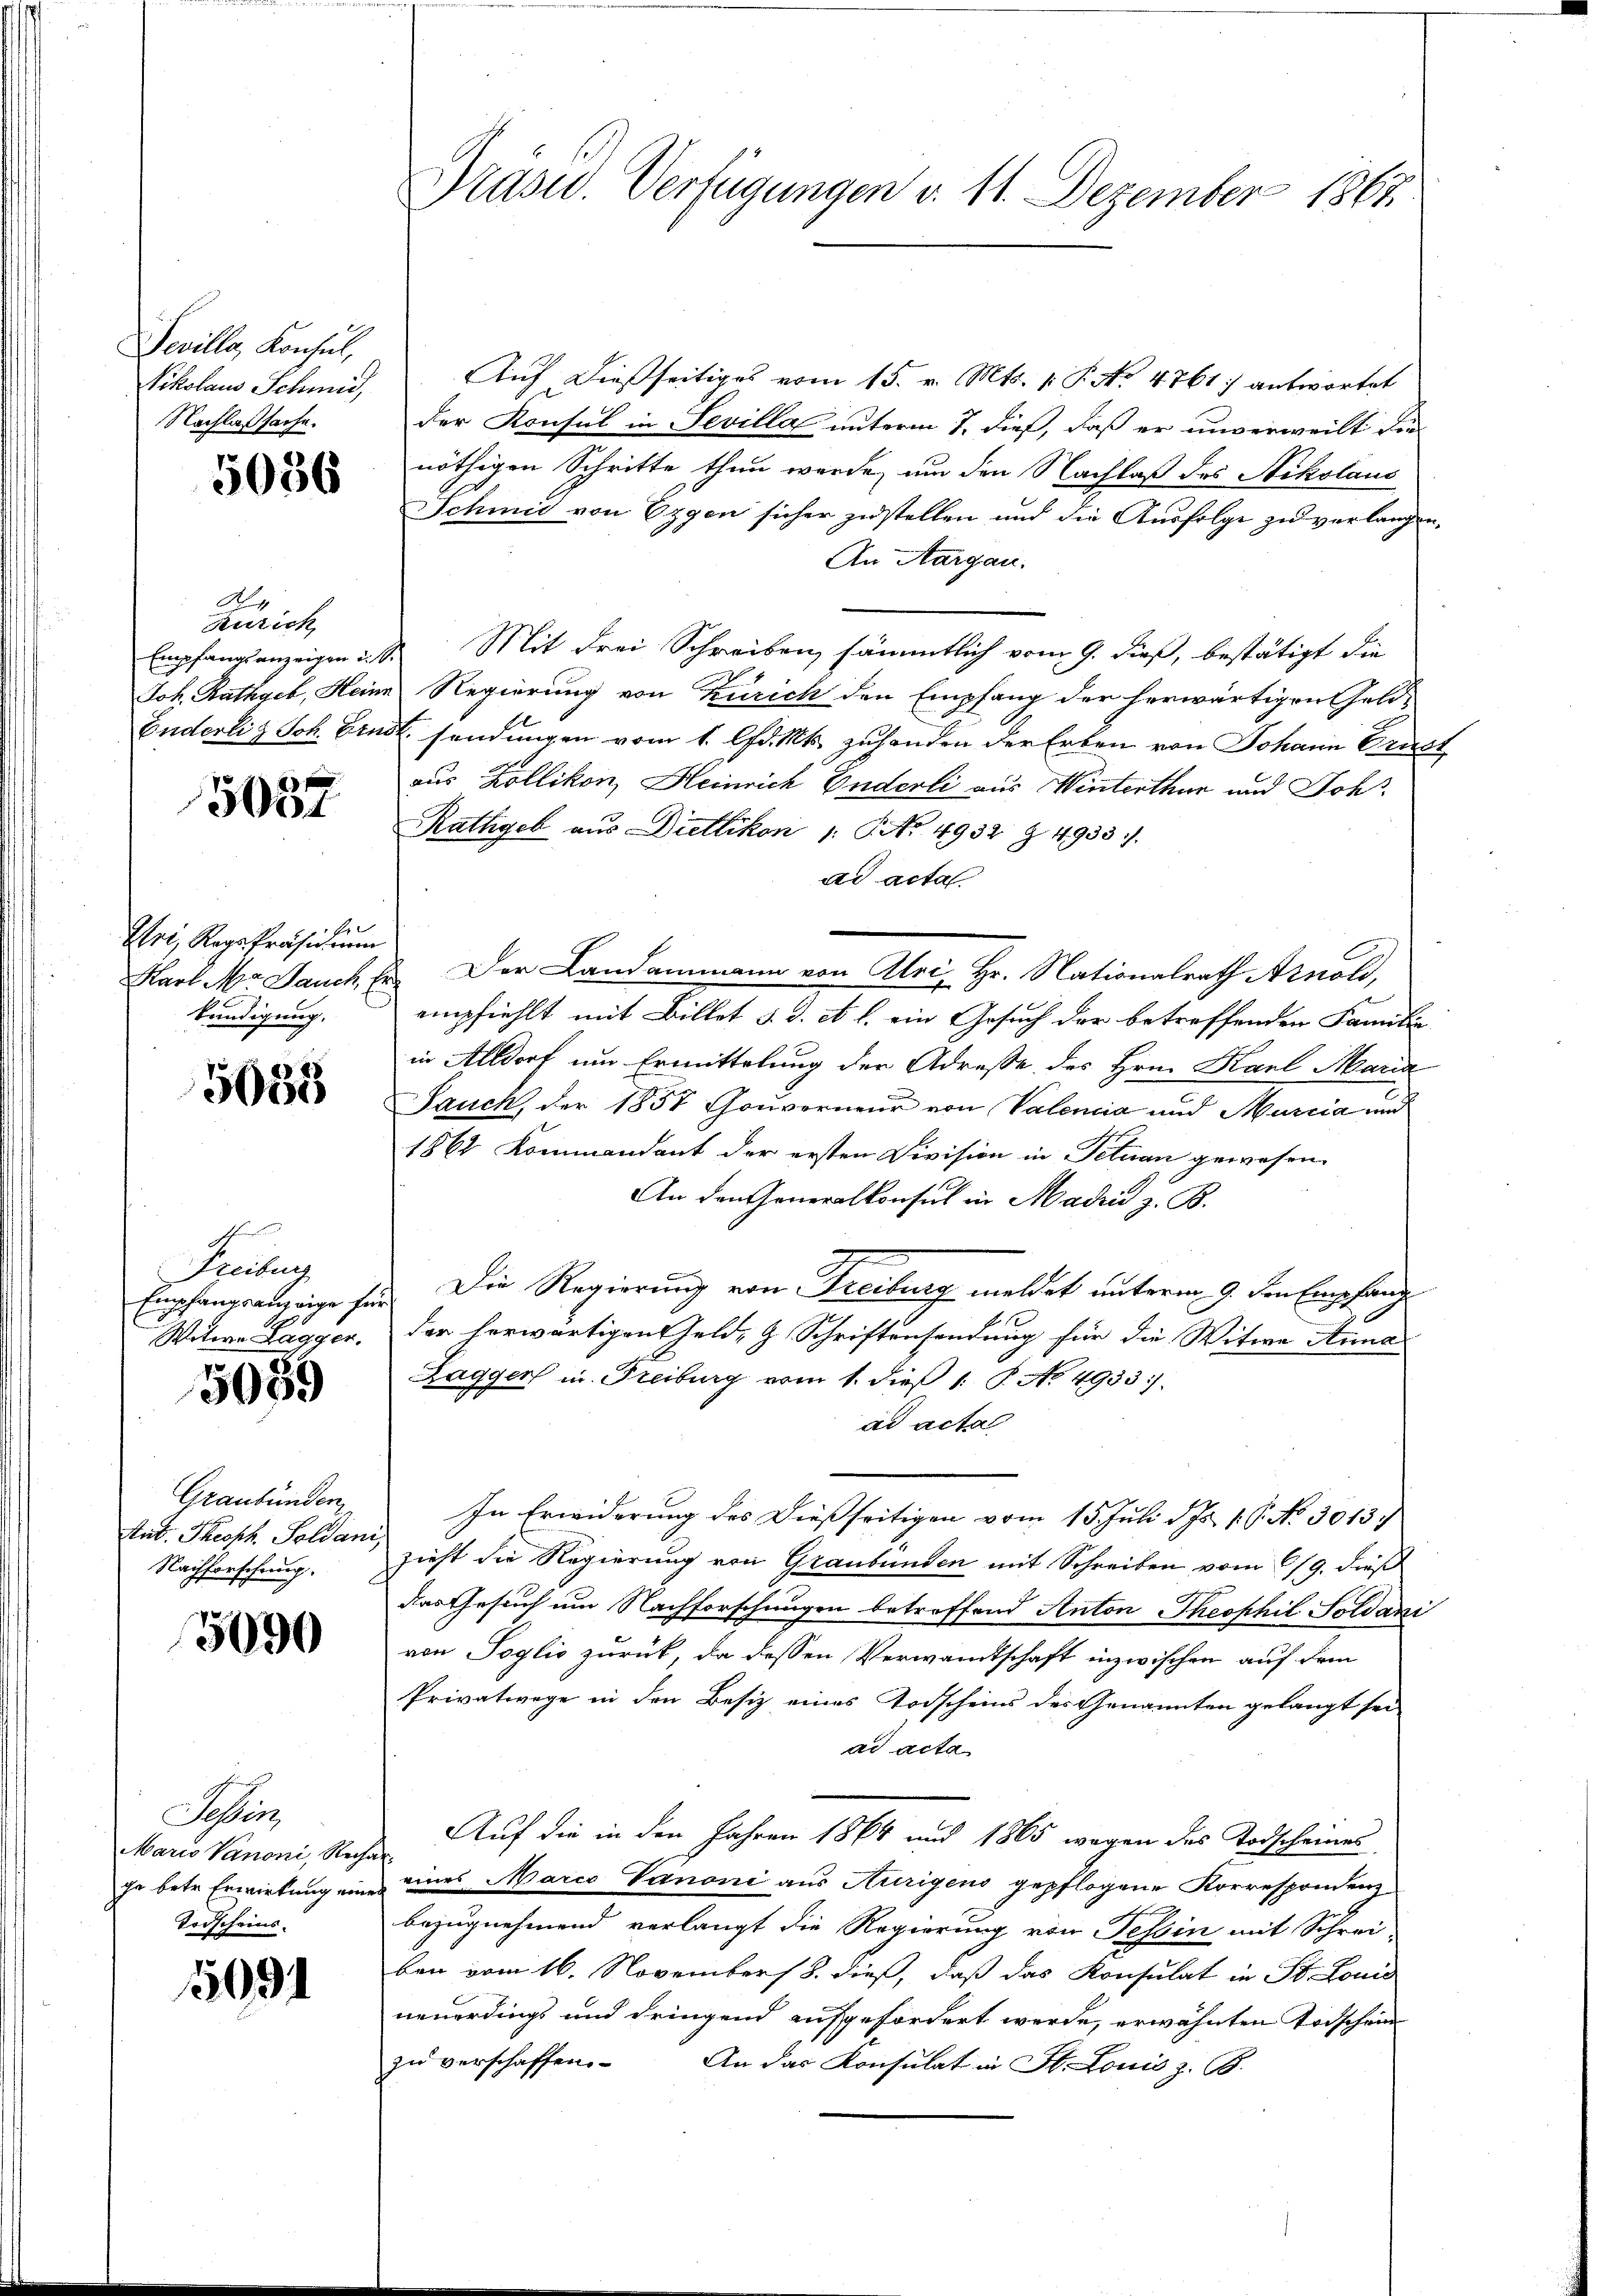
Tevilla, Konsul,
Vikolaus Schmid,
Nachlaßsache.

5036

A
Rurich
Empfangsanzeigen u. S.

5057

Ehri, Rege Präsidium
kündigung.

5633

Freiburg
Vatern Lagger.

5059

Graubünden
tritt. Theoph Feldani
Nachforschung.

5090

Seen
Mario Vanoni, Rechar
Todscheins.

1091

Präsid. Verfügungen v. 11. Dezember 1867

Auf dießseitiges vom 15. v. Mts. 1 P. No 4761] antwortet
der Konsul in Sevilla unterm 7. dieß, daß er unverweilt die
nöthigen Schritte thun werde, um den Nachlaß des Nikolaus
Schmid von Eggen sicher zustellen und die Ausfolge zu verlangen,
An Aargau.
Mit drei Schreiben, sämmtlich vom 9. dieß, bestätigt die
Joh. Rathgeb, Heine Regierung von Zürich den Empfang der herwärtigen Geld¬
Enderlis Joh. Ernst, sendungen vom 1. d. Mts. zuhanden der Erben von Johann Ernst
aus Kollikon, Heinrich Enderli aus Winterthur und Joh
Rathgeb aus Dietlikon 1. No. 4952 § 4933.
ad acta
Karl M. Jauch E. Der Landammann von Klei Hr. Nationalrath Arnold,
empfiehlt mit Billet d. d. et l. ein Gesuch der betreffenden Familie
in Altdorf um Ermittelung der Adresse des Hrn. Karl Maria
Jauch, der 1857 Gouverneur von Valenia und Murcia und
1862 Kommandant der ersten Division in Tetuan gewesen.
An den Generalkonsul in Madin z. B.
Empfangränzeige für Die Regierung von Freiburg meldet unterm 9. den Empfang
der herwärtigen Geld, G. Schriftensendung für die Witwe Anna
Lagger in Freiburg vom 1. dieβ 1. P. No. 4933).
ad acta
In Erwiderung des Dießseitigen vom 15. Juli d. Js. 19. No 30137
zieht die Regierung von Graubünden mit Schreiben vom 6/9. dieß
das Gesuch um Nachforschungen betroffend Anton Theophil Soldani
von Toglio zurück, da dessen Verwandtschaft inzwischen auf dem
Privatwege in den Besiz eines Todscheins des Genannten gelangt sei
ad acta
Auf die in den Jahren 1864 und 1865 wegen des Todscheines
che betr. Erwirkung eines eines Marco Vanoni aus Aurigens gepflogene Korrespondenz
bezugnehmend verlangt die Regierung von Tessin mit Schrei-
ben vom 16. November 8. dieß, daß das Konsulat in St. Louis
neuerdings und dringend aufgefordert werde, erwähnten Todschein
zu verschaffen.
An das Konsulat in St. Louis z. B.